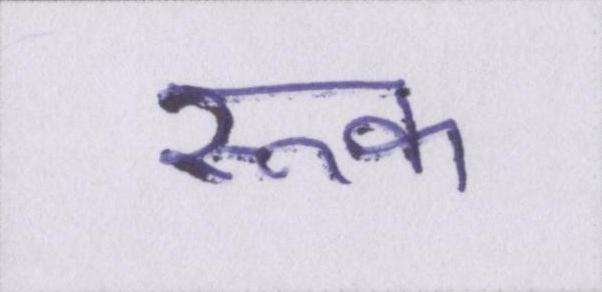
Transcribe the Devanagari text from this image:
रूक